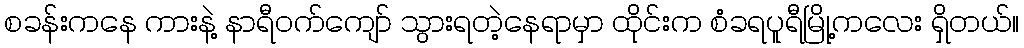
စခန်းကနေ ကားနဲ့ နာရီဝက်ကျော် သွားရတဲ့နေရာမှာ ထိုင်းက စံခရပူရီမြို့ကလေး ရှိတယ်။